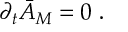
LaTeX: { \partial } _ { t } \bar { \cal { A } } _ { M } = 0 \ .